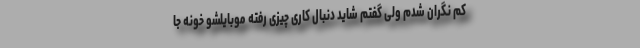
کم نگران شدم ولی گفتم شاید دنبال کاری چیزی رفته موبایلشو خونه جا